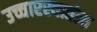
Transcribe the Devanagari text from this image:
उच्चारस्वातंत्र्य